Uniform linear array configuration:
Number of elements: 24
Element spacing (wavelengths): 0.25
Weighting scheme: hamming
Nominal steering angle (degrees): -30
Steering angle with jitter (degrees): -30.456
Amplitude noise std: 0.05
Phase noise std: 0.05

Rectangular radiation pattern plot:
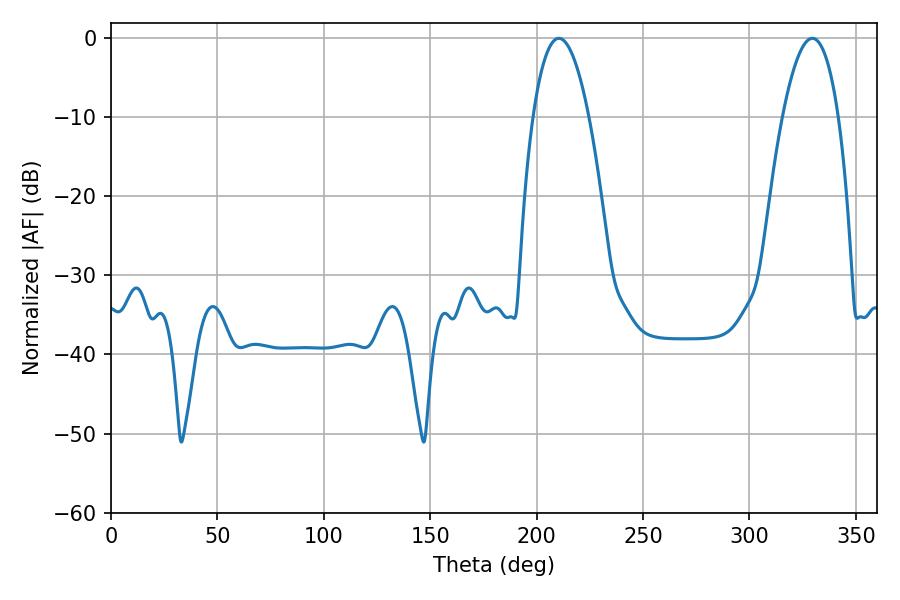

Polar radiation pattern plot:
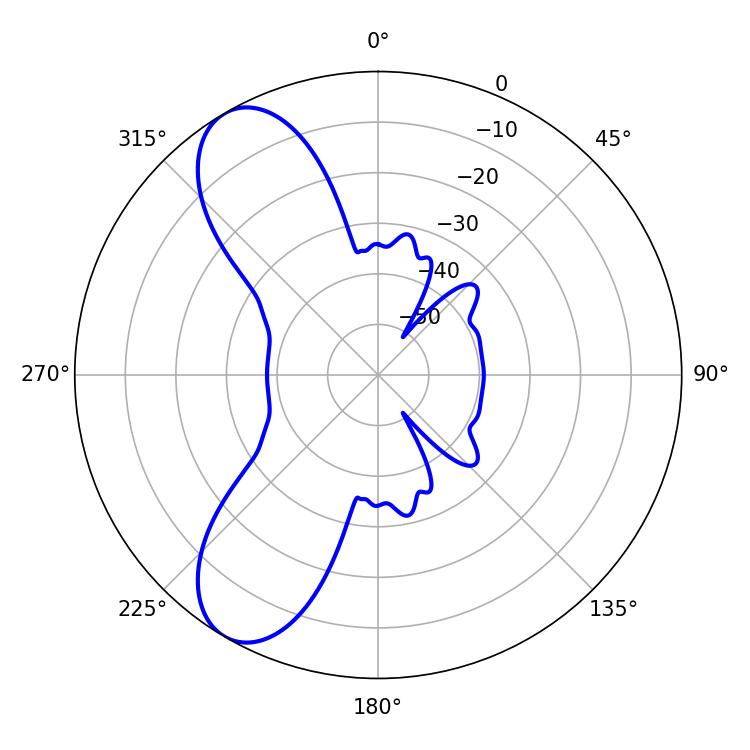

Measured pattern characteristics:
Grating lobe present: FALSE
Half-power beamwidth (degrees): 14.58
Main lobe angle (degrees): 210.42